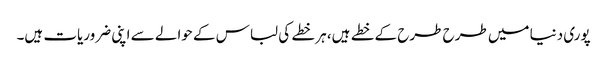
پوری دنیا میں طرح طرح کے خطے ہیں، ہر خطے کی لباس کے حوالے سے اپنی ضروریات ہیں۔